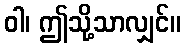
ဝါ၊ ဤသို့သာလျှင်။